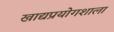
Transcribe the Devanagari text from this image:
खाद्यप्रयोगशाला